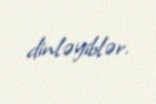
dinləyiblər.